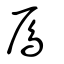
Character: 鳸